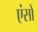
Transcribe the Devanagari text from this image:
एंसो